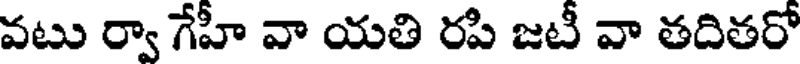
వటు ర్వా గేహీ వా యతి రపి జటీ వా తదితరో